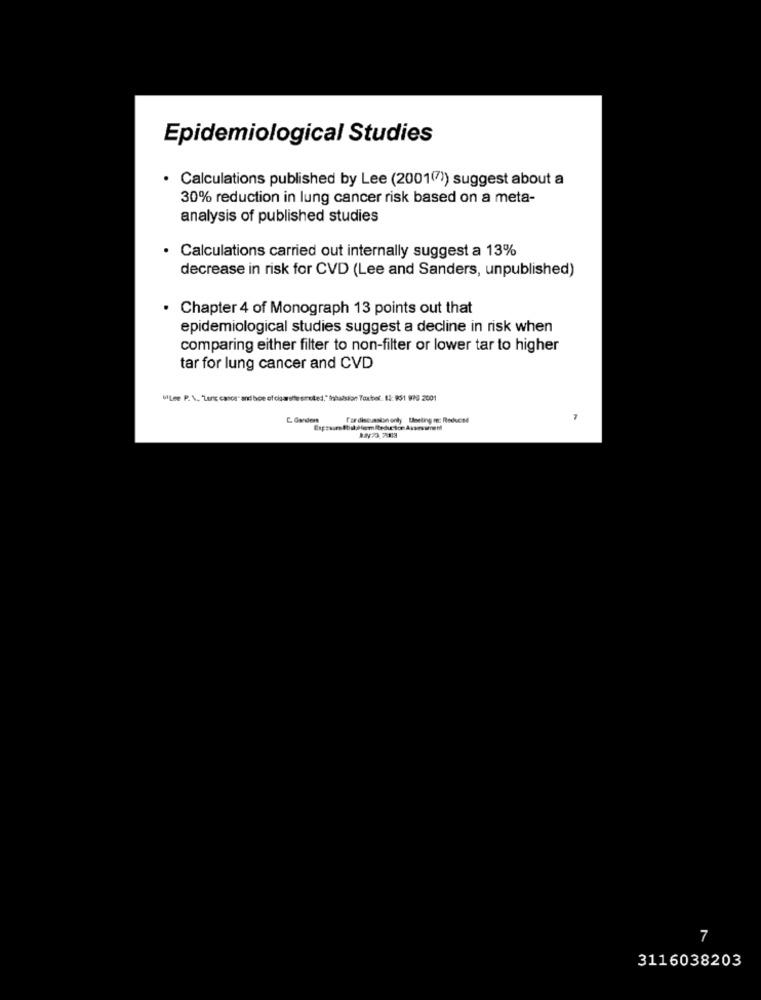
Epidemiological Studies
· Calculations published by Lee (2001(7) suggest about a
30% reduction in lung cancer risk based on a meta-
analysis of published studies
· Calculations carried out internally suggest a 13%
decrease in risk for CVD (Lee and Sanders, unpublished)
. Chapter 4 of Monograph 13 points out that
epidemiological studies suggest a decline in risk when
comparing either filter to non-filter or lower tar to higher
tar for lung cancer and CVD
UlLee P.\. "Lanc canos- ani boe of cigarette smoked," Inbastian Toutbof. 83: 851 WPG 2001
fardiscussion onty Uneling me: Reduced
7
7
3116038203